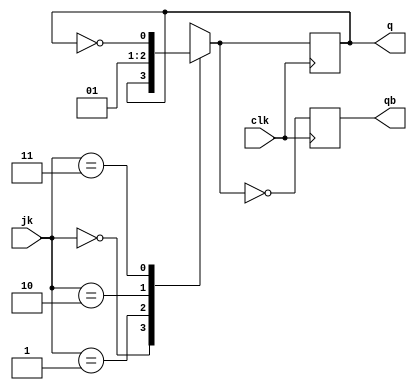
`timescale 1ns / 1ps
//////////////////////////////////////////////////////////////////////////////////
// Company: 
// Engineer: 
// 
// Design Name: 
// Module Name: ring
// Project Name: 
// Target Devices: 
// Tool Versions: 
// Description: 
// 
// Dependencies: 
// 
// Revision:
// Revision 0.01 - File Created
// Additional Comments:
// 
//////////////////////////////////////////////////////////////////////////////////


module jk(jk,q,qb,clk);
input [1:0]jk;
input clk;
output reg q,qb;
always@(posedge clk)
begin
case(jk)
2'b00:q=q;
2'b01:q=0;
2'b10:q=1;
2'b11:q=~q;
endcase
qb=~q;
end
endmodule